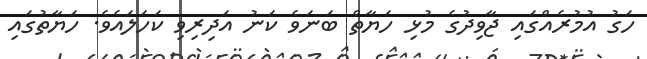
ހަގު އުމުރެއްގައި ޖާވިދުގެ މުޅި ހަޔާތް ބަނަވެ ކަނު އަދިރިވި ކަހަލައެވެ. ހަޔާތުގައި